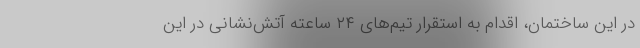
در این ساختمان، اقدام به استقرار تیم­های ۲۴ ساعته آتش‌­نشانی در این